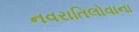
નવરાતિલોવાના